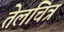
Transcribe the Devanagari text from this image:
तेलचित्र